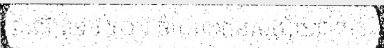
កំណើត១៩៥០។ ចំណែកជនសង្ស័យ៣នាក់